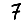
Digit: 7